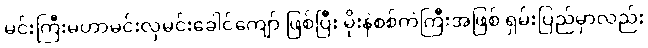
မင်းကြီးမဟာမင်းလှမင်းခေါင်ကျော် ဖြစ်ပြီး မိုးနဲစစ်ကဲကြီးအဖြစ် ရှမ်းပြည်မှာလည်း